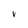
Character: V